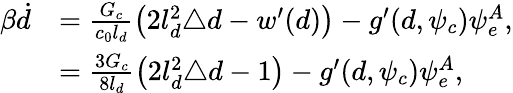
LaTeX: \begin{array}{rl}{\beta\dot{d}}&{=\frac{G_{c}}{c_{0}l_{d}}\left(2l_{d}^{2}\triangle{d}-w^{\prime}(d)\right)-g^{\prime}(d,\psi_{c})\psi_{e}^{A},}\\ &{=\frac{3G_{c}}{8l_{d}}\left(2l_{d}^{2}\triangle{d}-1\right)-g^{\prime}(d,\psi_{c})\psi_{e}^{A},}\end{array}